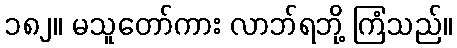
၁၈၂။ မသူတော်ကား လာဘ်ရဘို့ ကြံသည်။